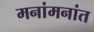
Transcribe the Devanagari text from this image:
मनांमनांत